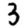
Digit: 3